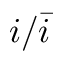
i / \bar { i }